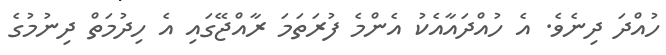
ހުއްދަ ދިނެވެ. އެ ހުއްދައާއެކު އެންމެ ފުރަތަމަ ރާއްޖޭގައި އެ ހިދުމަތް ދިނުމުގެ